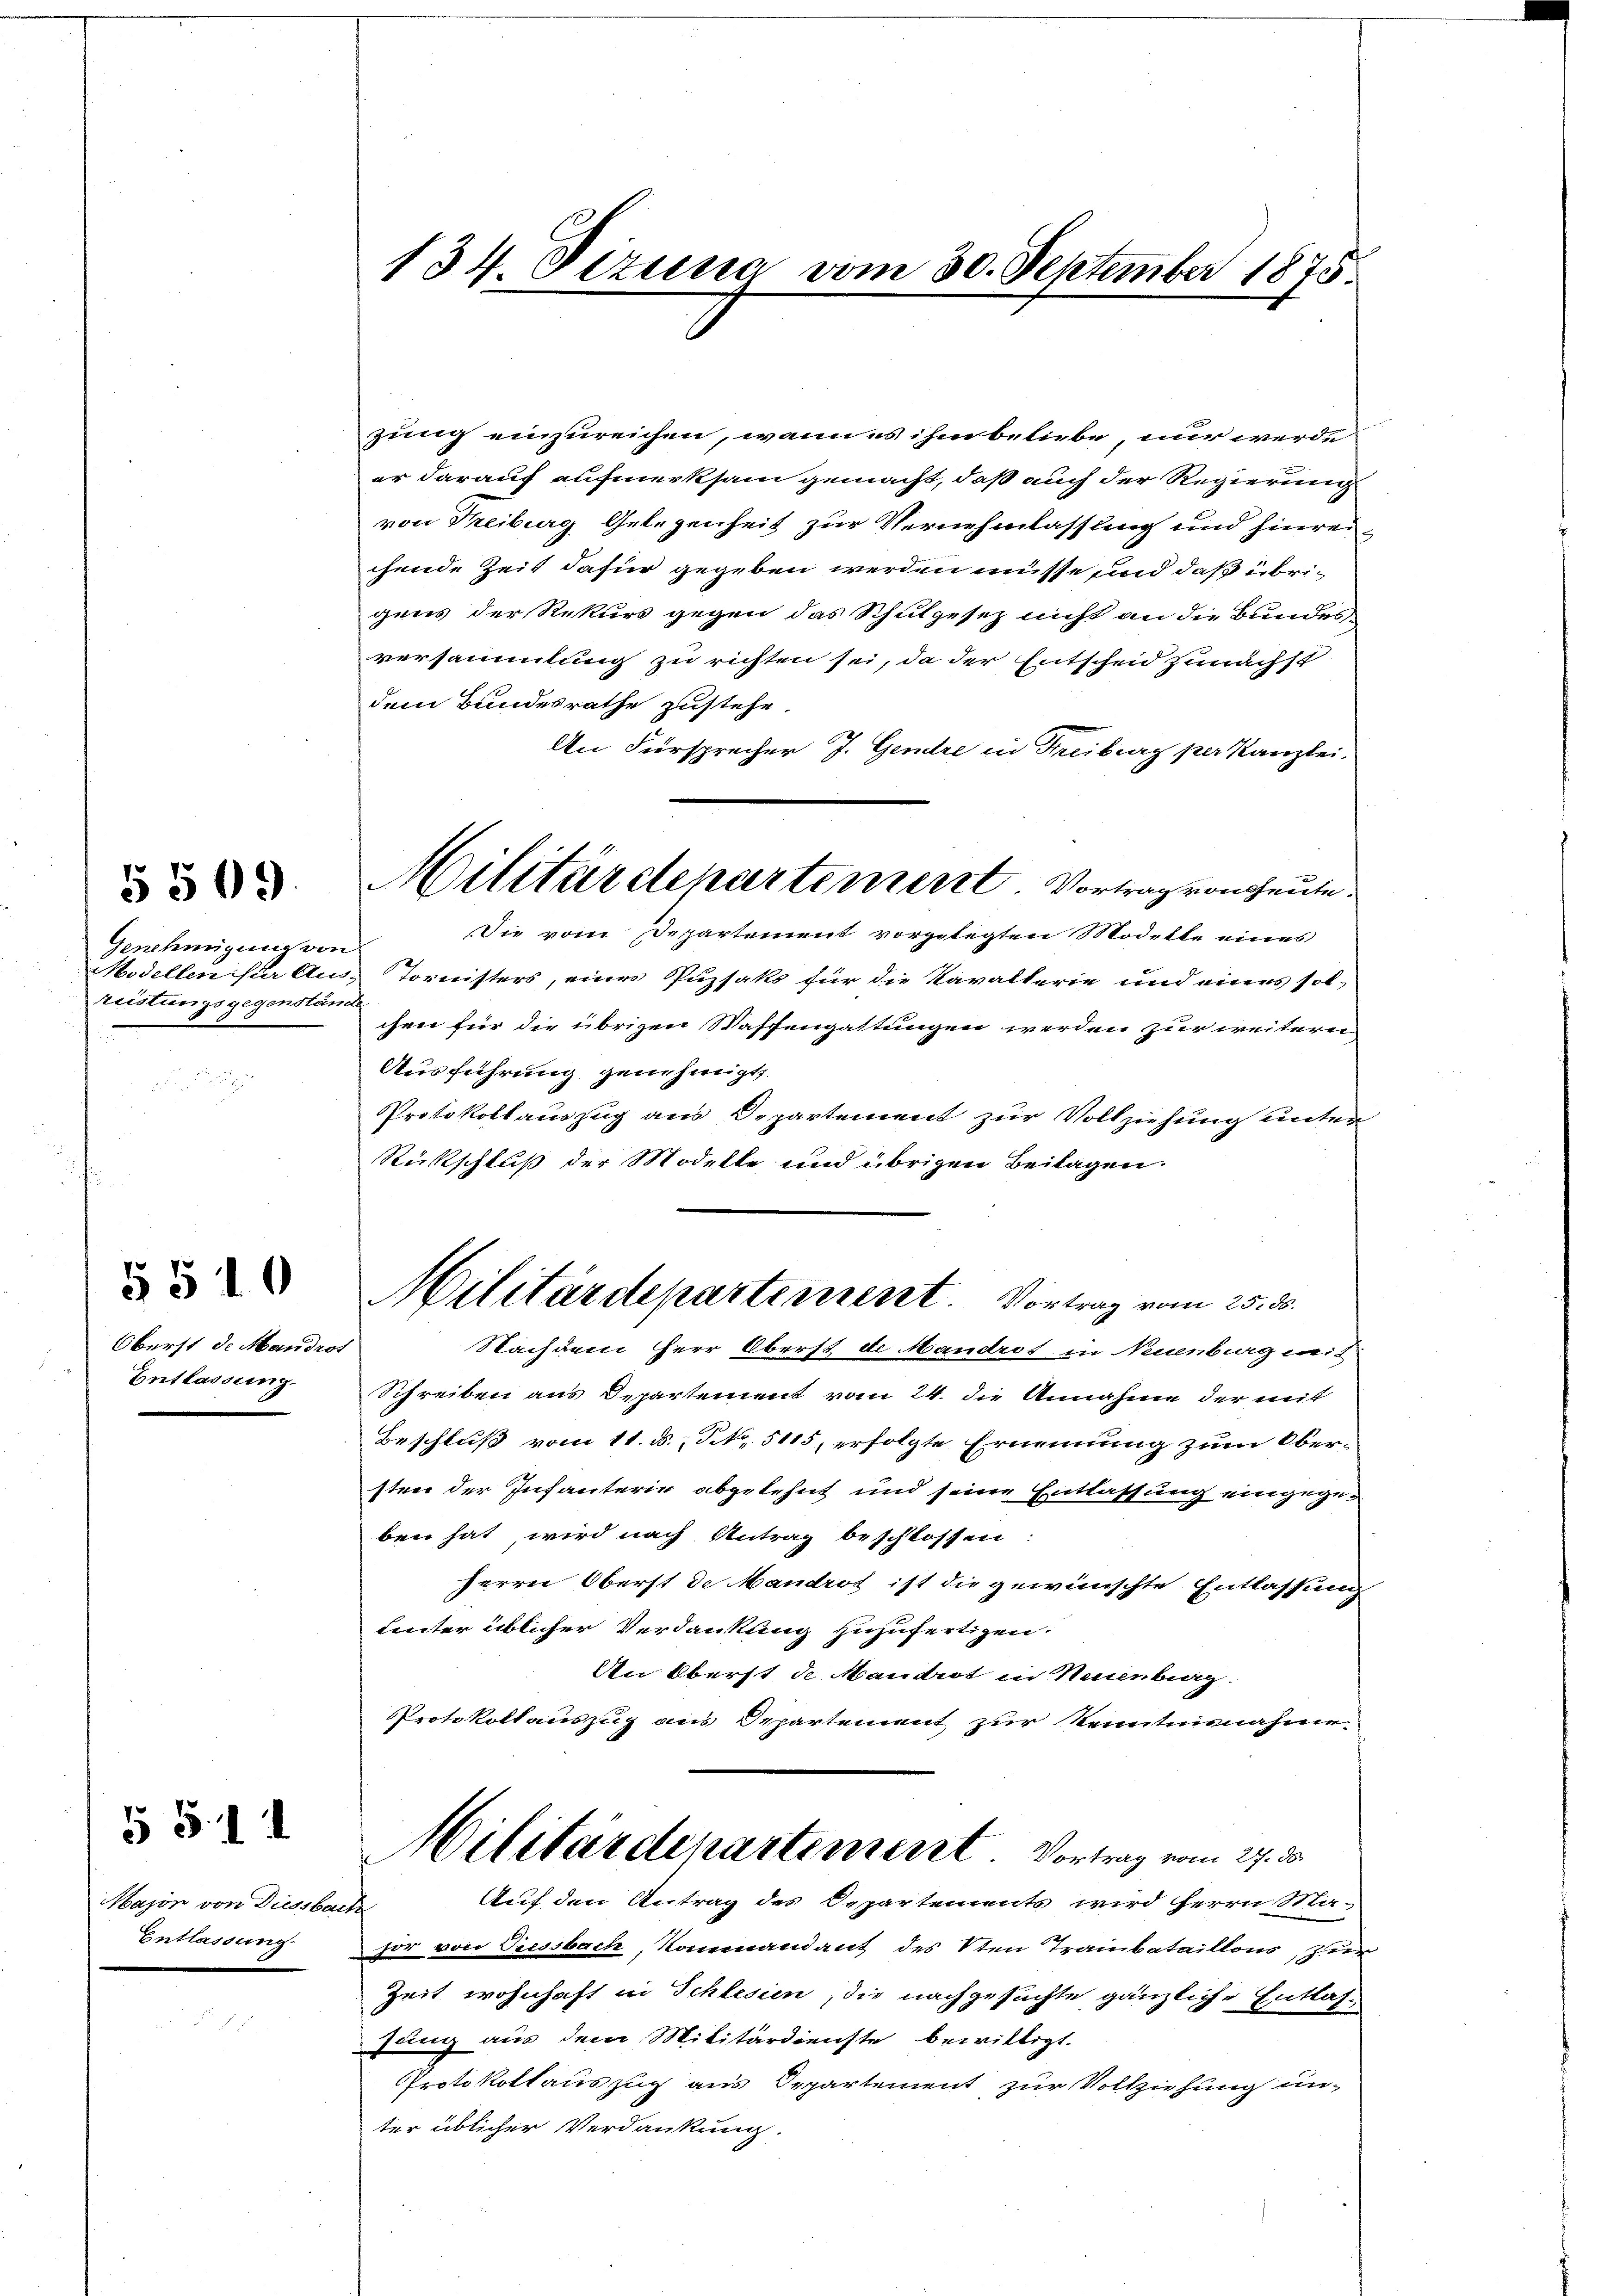
Genehmigung von
reistungsgegenstände

5509.

Oberst de Mandrot
Entlassung

5510

Major von Diessbarr
Entlassung.

G S. 11

134. Dizuna vom 30. September 1875.

zung einzureichen, wenn es ihm beliebe, nur werde
er darauf aufmerksam gemacht, daß auch der Regierung
von Freiburg Gelegenheit zur Vernehmlassung und hinreichende Zeit dafür gegeben werden müsse und daß übrigens der Rekurs gegen das Schulgesetz nicht an die Bundesversammlung zu richten sei, da der Entscheid zunächst
dem Bundesrathe zustehe.
An Fürsprecher J. Genere in Freiburg per Kanzlei.
Die vom Departement vorgelegten Modelle eines
Modellen ister Aus Tornisters, eines Puzsaks für die Kavallerie und eines solchen für die übrigen Waffengattungen werden zur weitern
Ausführung genehmigt.
Protokollauszug aus Departement zur Vollziehung unter
Rückschluß der Modelle und übrigen Beilagen.
Militärdepartement. Vortrag vom 25. ds.
Nachdem Herr Oberst de androt in Neuenburg mit
Schreiben aus Departement vom 24. die Annahme der mit
Beschluß vom 11. ds., NNo. 5115, erfolgte Ernennung zum Ober-
sten der Infanterie abgelehnt und seine Entlassung eingegeben hat, wird nach Antrag beschlossen:
Herrn Oberst de Mandrot ist die gewünschte Entlassung
Leuter üblicher Verdankung zuzufertigen.
An Oberst de Maudrot in Neuenburg.
Protokollauszug aus Departement zur Kenntnisnahme
Militärdepartimeret. Vortrag vom 27. ds.
Auf den Antrag des Departements wird Herrn Ma-
t
 fir von Giessbach, Kommandant des 1ten Traubataillon zur
Zeit wohnhaft in Schlesien, die nachgesuchte gänzliche Entlas-
sung aus dem Militärdienste bewilligt.
Protokollauszug aus Departement zur Vollziehung unter üblicher Verdankung.

Militärstenartement. Vortrag von heute.